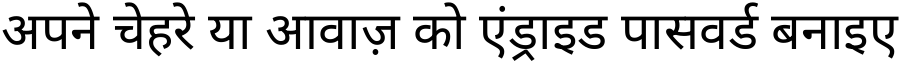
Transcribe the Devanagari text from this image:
अपने चेहरे या आवाज़ को एंड्राइड पासवर्ड बनाइए